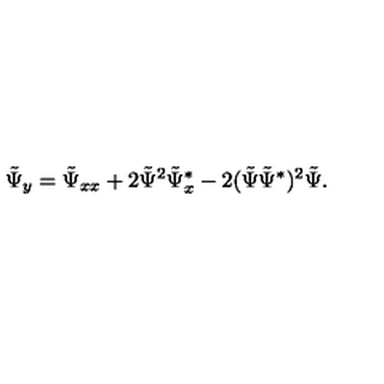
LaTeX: \tilde { \Psi } _ { y } = \tilde { \Psi } _ { x x } + 2 \tilde { \Psi } ^ { 2 } \tilde { \Psi } _ { x } ^ { * } - 2 ( \tilde { \Psi } \tilde { \Psi } ^ { * } ) ^ { 2 } \tilde { \Psi } .